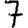
Digit: 7